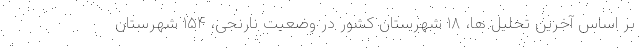
بر اساس آخرین تحلیل ها، ۱۸ شهرستان کشور در وضعیت نارنجی، ۱۵۴ شهرستان